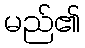
မည်၏